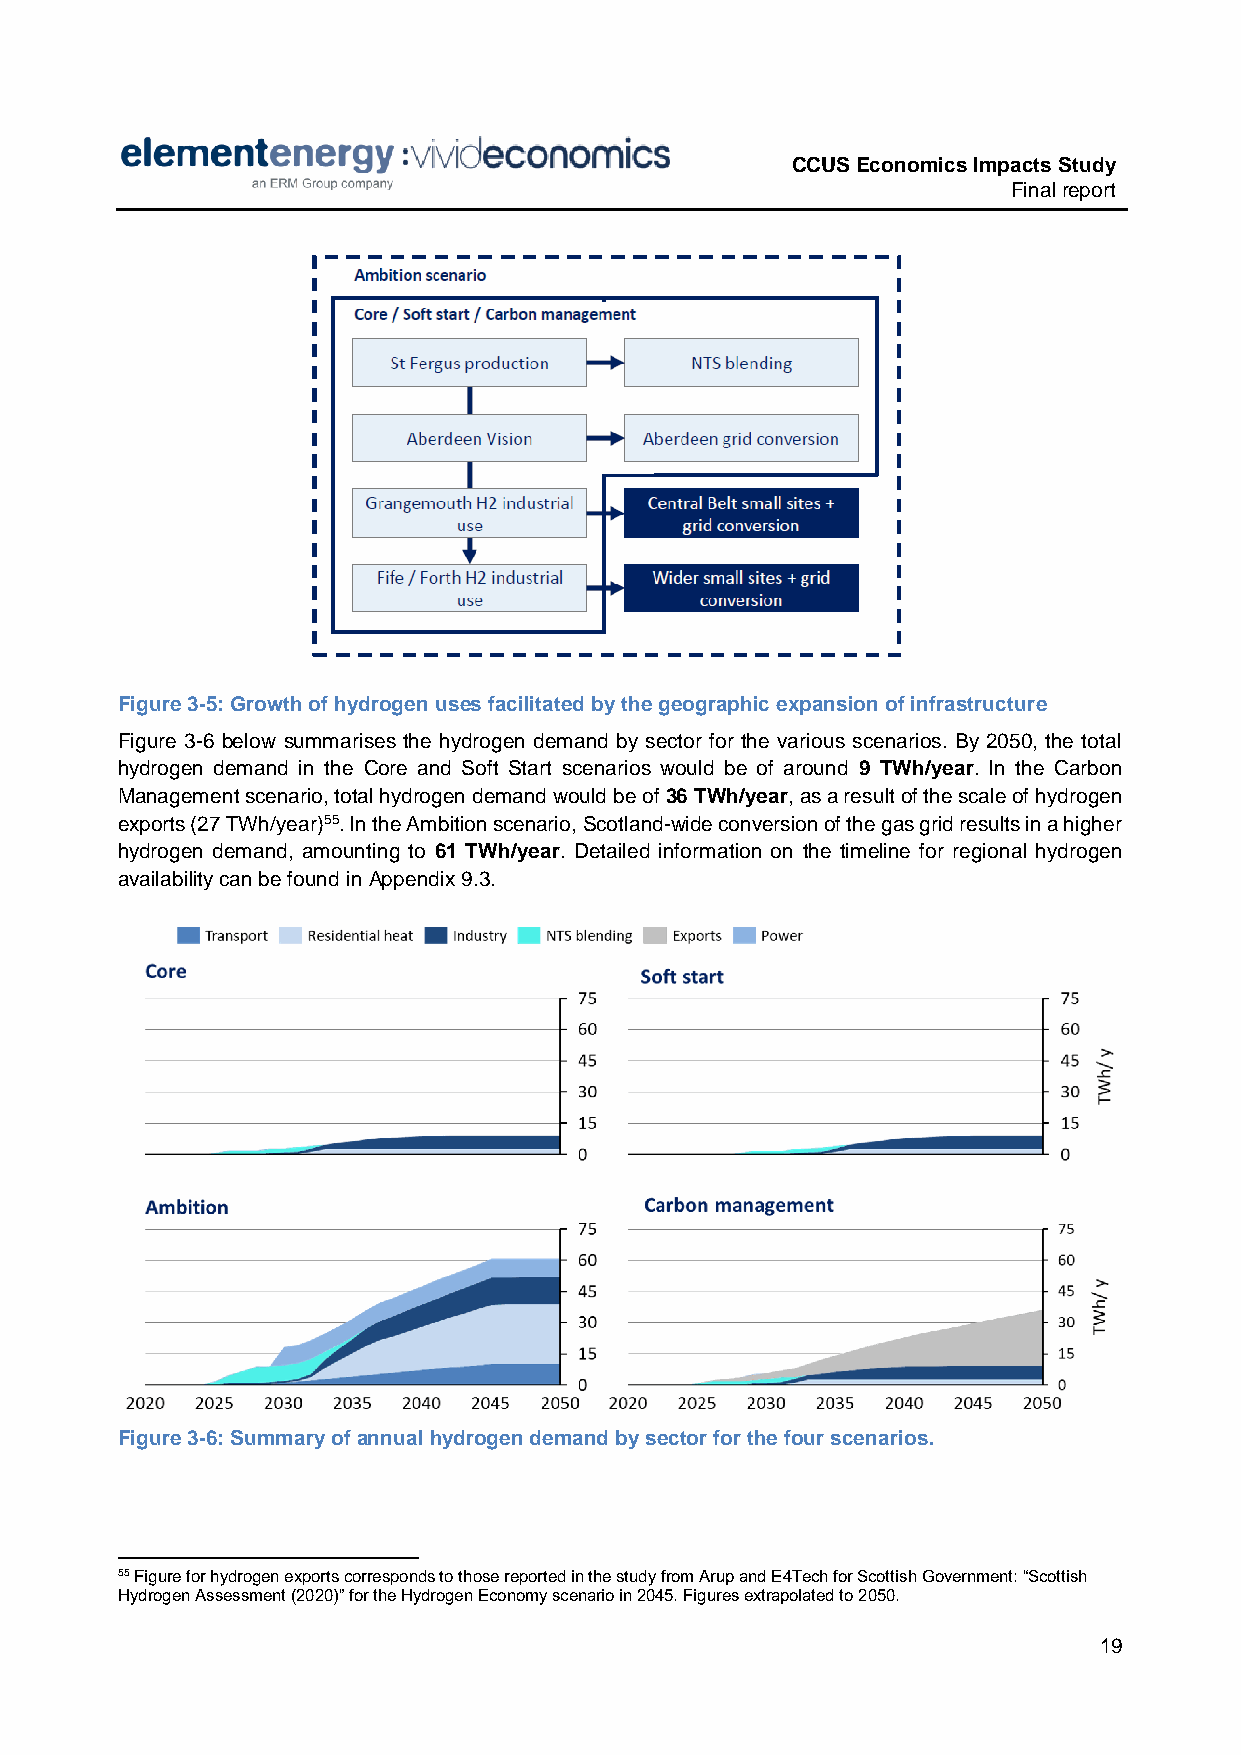
CCUS Economics Impacts Study
 Final report
 Figure 3-5: Growth of hydrogen uses facilitated by the geographic expansion of infrastructure
 Figure 3-6 below summarises the hydrogen demand by sector for the various scenarios. By 2050, the total
 hydrogen demand in the Core and Soft Start scenarios would be of around 9 TWh/year. In the Carbon
 Management scenario, total hydrogen demand would be of 36 TWh/year, as a result of the scale of hydrogen
 exports (27 TWh/year)55. In the Ambition scenario, Scotland-wide conversion of the gas grid results in a higher
 hydrogen demand, amounting to 61 TWh/year. Detailed information on the timeline for regional hydrogen
 availability can be found in Appendix 9.3.
 Figure 3-6: Summary of annual hydrogen demand by sector for the four scenarios.
 55 Figure for hydrogen exports corresponds to those reported in the study from Arup and E4Tech for Scottish Government: “Scottish
 Hydrogen Assessment (2020)” for the Hydrogen Economy scenario in 2045. Figures extrapolated to 2050.
 19